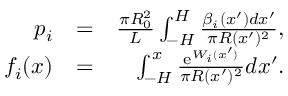
\begin{array} { r l r } { p _ { i } } & { = } & { \frac { \pi R _ { 0 } ^ { 2 } } { L } \int _ { - H } ^ { H } \frac { \beta _ { i } ( x ^ { \prime } ) d x ^ { \prime } } { \pi R ( x ^ { \prime } ) ^ { 2 } } , } \\ { f _ { i } ( x ) } & { = } & { \int _ { - H } ^ { x } \frac { \mathrm { e } ^ { W _ { i } ( x ^ { \prime } ) } } { \pi R ( x ^ { \prime } ) ^ { 2 } } d x ^ { \prime } . } \end{array}